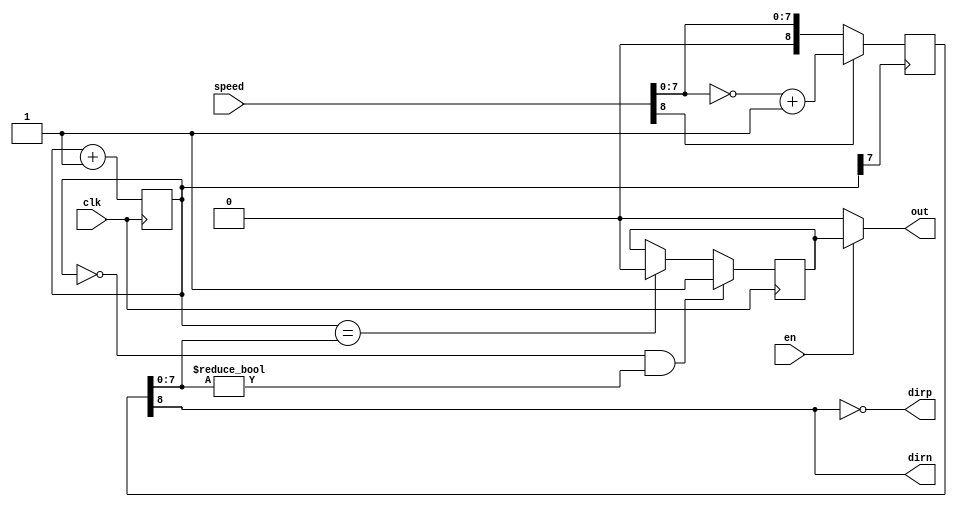

//Avoid giving speed as h10 for the sake of motor
//Here en is different than multiplication. When en=0, outputs are reset to zero. When en=1, normal PWM signal.
//clk defines the time period of the PWM signal
//speed is signed. So if speed[4]=1, the actual speed is negative with value being two's complement
//For the sake of positive and negative speeds, two outputs are provided, namely outp and outn
module PWM_timer(input clk, input [8:0] speed, input en, output out, output dirp, dirn);

	reg [8:0] speed_copy; initial speed_copy<=0;

	reg outlogic; initial outlogic<=0;//This is the output of the logic circuit. It has to be multiplexed with 0 depending on en
	assign out = (en ? outlogic : 0); //If en is off, outp=0
	
	reg [7:0] count; initial count<=0;//Keeping a count of the cycles elapsed

	always @(negedge count[7]) speed_copy <= (speed[8] ? ~speed[7:0]+1 : speed[7:0]); //Latching speed

	always @(negedge clk) begin
		count<=count+1;
		if (count==0 && speed_copy[7:0]!=0) begin
			outlogic<=1;
		end else if (count==speed_copy[7:0]) begin
			outlogic<=0;
		end
	end
	
	assign dirp = (~speed_copy[8]);
	assign dirn = (speed_copy[8]);

endmodule

/*
module PWM_test;

	reg [4:0] speed; reg clk; reg en; wire outp, outn;

	initial begin
		$dumpfile("PWM.vcd");
		$dumpvars(0,PWM_test);
		clk<=0;
		en<=1;
		speed<=0;
		#3000 en<=0;
		#150 $finish;
	end

	always #1 clk<=~clk;

	always #180 speed<=speed+2;
	PWM_timer testPWM(clk,speed,en,outp,outn);

endmodule
*/